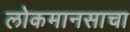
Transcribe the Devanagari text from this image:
लोकमानसाचा